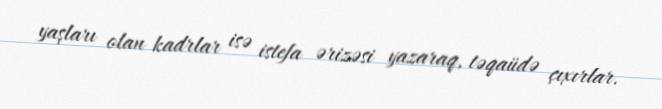
yaşları olan kadrlar isə istefa ərizəsi yazaraq, təqaüdə çıxırlar.